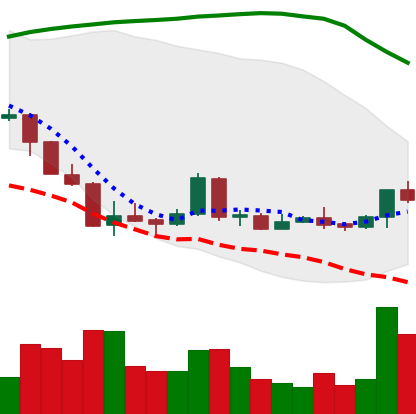
Ticker: LTC-USD
Chart end date: 2018-04-13
Forward return: 11.681%
Label: up_7plus